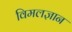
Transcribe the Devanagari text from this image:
विमलज्ञान